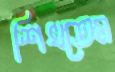
শিখতেম